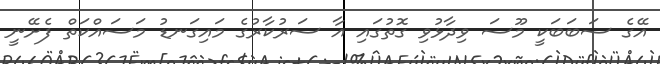
އޭގެ ސަބަބަކީ މޫސަ ވިދާޅުވި ގޮތުގައި އާ ސަރުކާރުގެ މައިގަނޑު މަސައްކަތް ފެށޭނީ